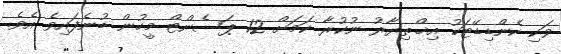
ވަކި ކެންޑިޑޭޓަކު އިޚްތިޔާރު ނުކުރާ ކަމަށް 12 ޕަސެންޓް މީހުން ބުނެފައިވެ އެވެ.